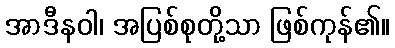
အာဒီနဝါ၊ အပြစ်စုတို့သာ ဖြစ်ကုန်၏။